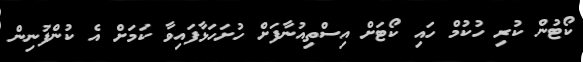
ކޯޓުން ކުރި ހުކުމް ހައި ކޯޓަށް އިސްތިއުނާފަށް ހުށަހަޅާފައިވާ ކަމަށް އެ ކުންފުނިން